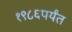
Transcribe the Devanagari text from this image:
१९८६पर्यंत